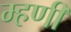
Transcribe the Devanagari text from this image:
म्‍हणी